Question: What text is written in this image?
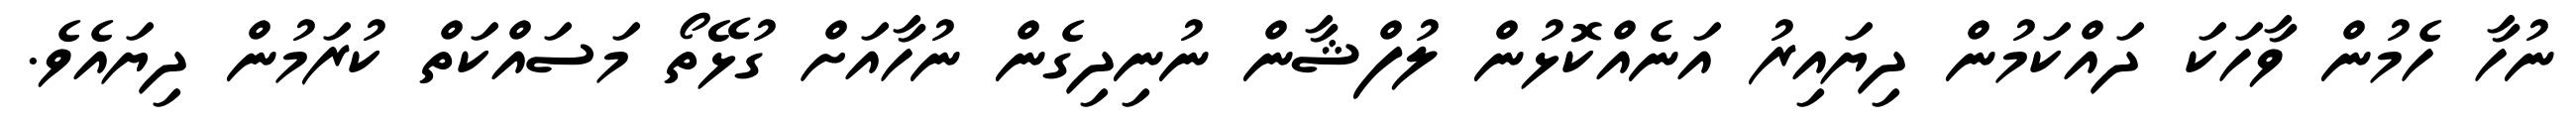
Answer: ނުހާ ހެމުން ވާހަކަ ދައްކަމުން ދިޔައިރު އަނެއްކޮޅުން ލުފްޝާން ނުނިދިގެން ނުހާއަށް ގުޅޭތޯ މަސައްކަތް ކުރަމުން ދިޔައެވެ.